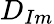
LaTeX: D_{Im}